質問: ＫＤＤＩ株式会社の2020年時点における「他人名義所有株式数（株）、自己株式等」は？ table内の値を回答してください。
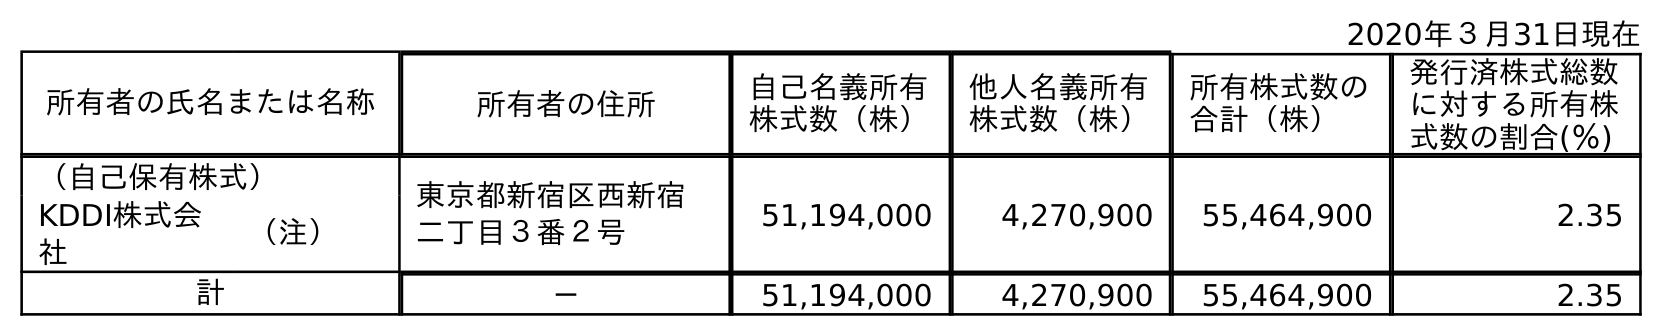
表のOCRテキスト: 2020年３月31日現在 所有者の氏名または名称 所有者の住所 自己名義所有 株式数（株） 他人名義所有 株式数（株） 所有株式数の 合計（株） 発行済株式総数 に対する所有株 式数の割合(％) （自己保有株式） 東京都新宿区西新宿 二丁目３番２号 51,194,000 4,270,900 55,464,900 2.35 KDDI株式会 社 （注） 計 － 51,194,000 4,270,900 55,464,900 2.35
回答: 4,270,900